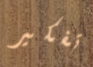
تفكير